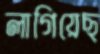
লাগিয়েছ